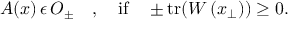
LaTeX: A ( x ) \, \epsilon \, { \cal O } _ { \pm } \quad , \quad \mathrm { i f } \quad \pm \mathrm { t r } ( W \left( x _ { \perp } \right) ) \ge 0 .